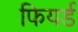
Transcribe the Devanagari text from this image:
फियर्ड